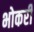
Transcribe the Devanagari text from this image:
भोकरी